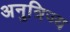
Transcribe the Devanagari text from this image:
अनुत्रिज्य